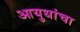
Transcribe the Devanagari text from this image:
आयुधांचा